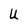
Character: U